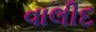
વાલીદ